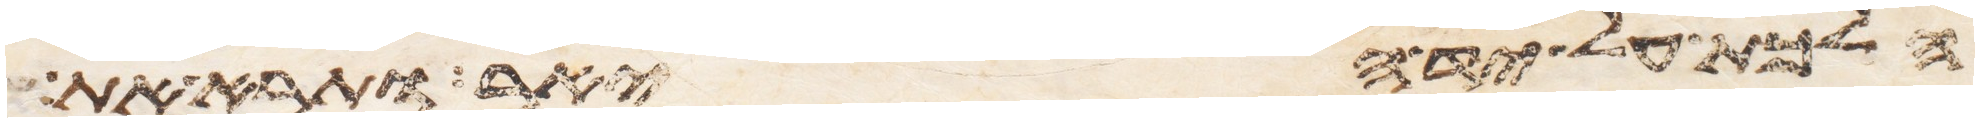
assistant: הלכת על יד היאר ותרא את